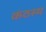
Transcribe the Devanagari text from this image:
कंठस्‍थ